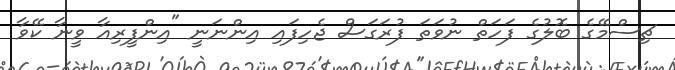
ޗިސްމޭގެ ބޮލުގެ ފަހަތް ނުވަތަ ފުރަގަސް ޖެހިފައި އިންނަނީ "އިންފީރިއާ ވީނާ ކޭވާ